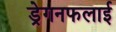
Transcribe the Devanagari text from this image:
ड्रेगनफलाई